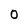
Character: O